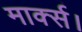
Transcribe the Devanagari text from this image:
मार्क्स।